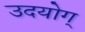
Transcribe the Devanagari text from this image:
उदयोग्